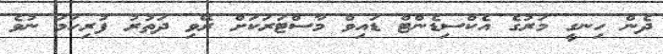
ދެން ހިނގީ މަރުގެ އެކްސިޑެންޓް ޑައިވް މާސްޓަރަކަށް ރޭވި ދަތުރު ފުރިހަމަ ނުވެ